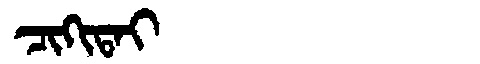
Manchu: ᠴᡳᡴᡳᡨᠠᡳ
Romanization: CIKITAI